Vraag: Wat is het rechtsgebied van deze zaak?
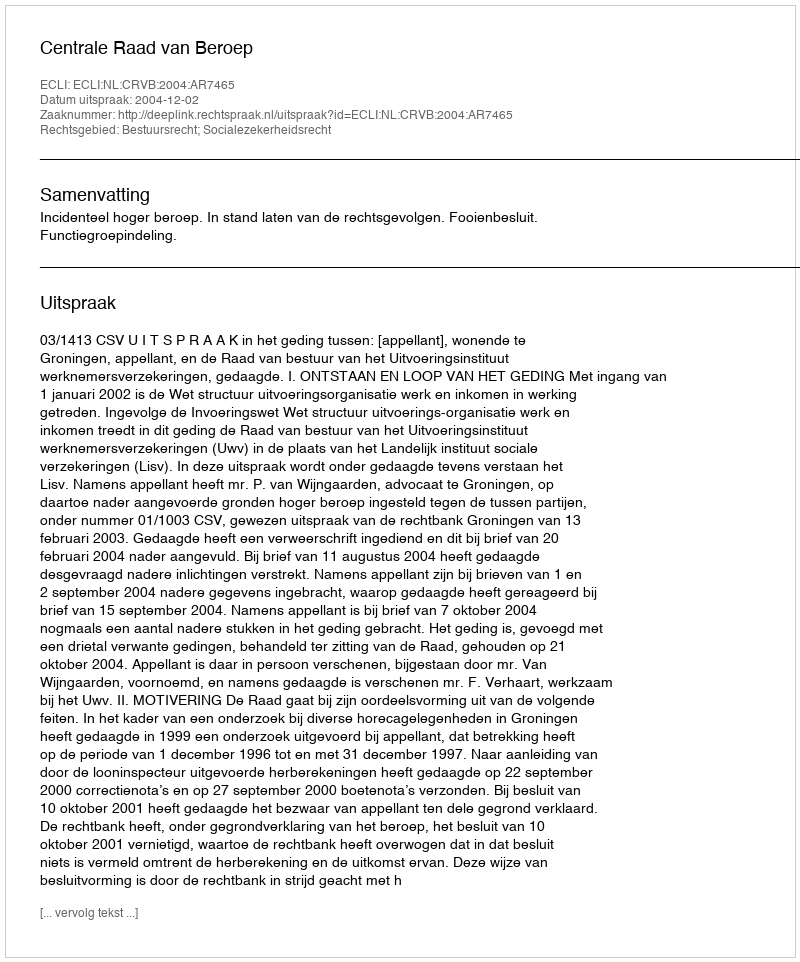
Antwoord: Bestuursrecht; Socialezekerheidsrecht